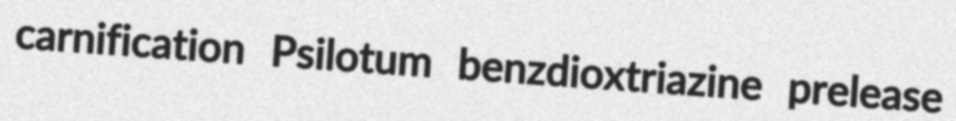
carnification Psilotum benzdioxtriazine prelease